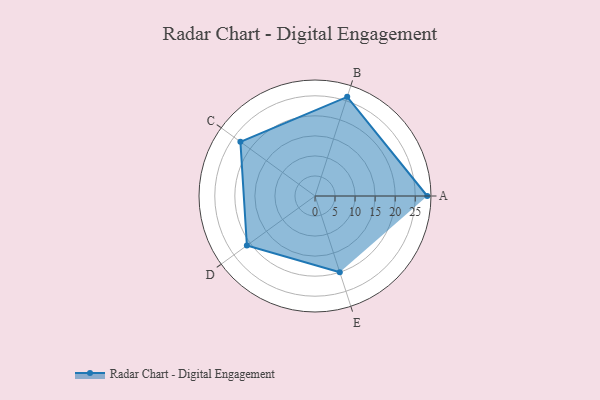
{"axis": {"x": "Skill", "y": "Score"}, "legend": ["Profile"], "data": [{"x": "A", "y": 28.0, "type": "Profile"}, {"x": "B", "y": 26.0, "type": "Profile"}, {"x": "C", "y": 23.0, "type": "Profile"}, {"x": "D", "y": 21.0, "type": "Profile"}, {"x": "E", "y": 20, "type": "Profile"}]}